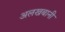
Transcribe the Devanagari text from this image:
अलखबानी